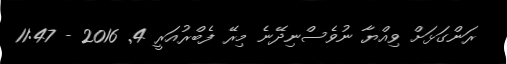
ރަންގަޅަށް ވިއްޔާ ނުވެސްނިދޭނެ މިރޭ ފެބްރުއަރީ 4